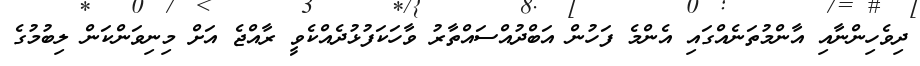
ދިވެހިންނާއި އާންމުތަނެއްގައި އެންމެ ފަހުން އަބްދުއްސައްތާރު ވާހަކަފުޅުދެއްކެވީ ރާއްޖެ އަށް މިނިވަންކަން ލިބުމުގެ